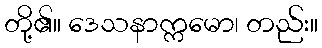
တို့၏။ ဒေသနာက္ကမော၊ တည်း။